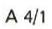
A 4/1